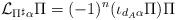
LaTeX: \begin{align*} \mathcal{L}_{\Pi^{\sharp} \alpha} \Pi = (-1)^n (\iota_{d_A \alpha} \Pi) \Pi \end{align*}